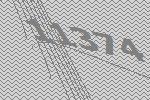
11374